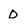
Character: O